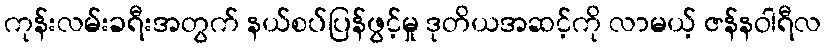
ကုန်းလမ်းခရီးအတွက် နယ်စပ်ပြန်ဖွင့်မှု ဒုတိယအဆင့်ကို လာမယ့် ဇန်နဝါရီလ